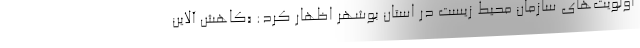
اولویت‌های سازمان محیط زیست در استان بوشهر اظهار کرد: «کاهش آلاین